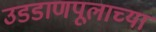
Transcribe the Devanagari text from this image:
उडडाणपूलाच्या